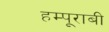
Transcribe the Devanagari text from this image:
हम्पूराबी